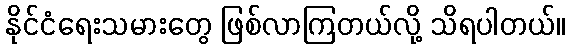
နိုင်ငံရေးသမားတွေ ဖြစ်လာကြတယ်လို့ သိရပါတယ်။